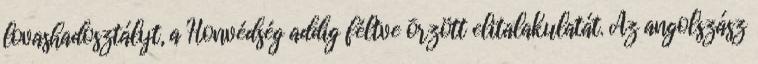
lovashadosztályt, a Honvédség addig féltve õrzött elitalakulatát. Az angolszász